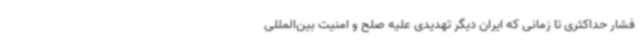
فشار حداکثری تا زمانی که ایران دیگر تهدیدی علیه صلح و امنیت بین‌المللی